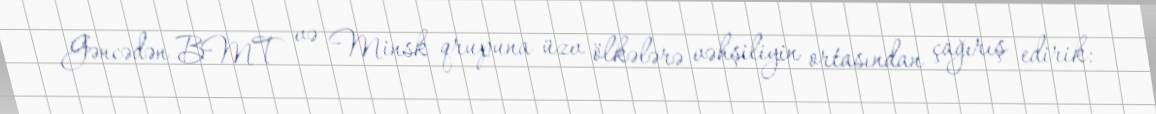
Gəncədən BMT və Minsk qrupuna üzv ölkələrə vəhşiliyin ortasından çağırış edirik: